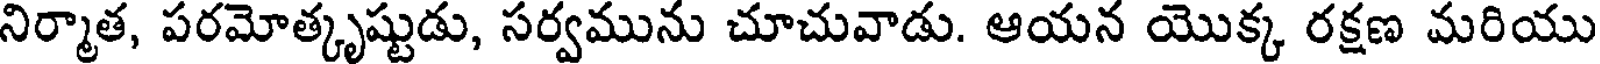
నిర్మాత, పరమోత్కృష్టుడు, సర్వమును చూచువాడు. ఆయన యొక్క రక్షణ మరియు